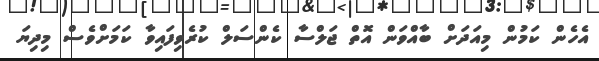
އެހެން ކަމުން މިއަދަށް ބާއްވަން އޮތް ޖަލްސާ ކެންސަލް ކުރެވިފައިވާ ކަމަށްވެސް މިދިޔަ